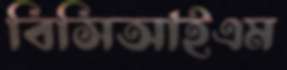
বিসিআইএম